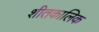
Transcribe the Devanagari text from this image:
शीतकालिक